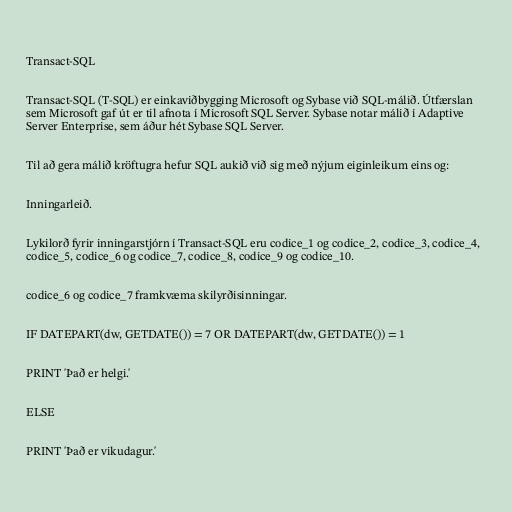
Transact-SQL

Transact-SQL (T-SQL) er einkaviðbygging Microsoft og Sybase við SQL-málið. Útfærslan
sem Microsoft gaf út er til afnota í Microsoft SQL Server. Sybase notar málið í Adaptive
Server Enterprise, sem áður hét Sybase SQL Server.

Til að gera málið kröftugra hefur SQL aukið við sig með nýjum eiginleikum eins og:

Inningarleið.

Lykilorð fyrir inningarstjórn í Transact-SQL eru codice_1 og codice_2, codice_3, codice_4,
codice_5, codice_6 og codice_7, codice_8, codice_9 og codice_10.

codice_6 og codice_7 framkvæma skilyrðisinningar.

IF DATEPART(dw, GETDATE()) = 7 OR DATEPART(dw, GETDATE()) = 1

PRINT 'Það er helgi.'

ELSE

PRINT 'Það er vikudagur.'